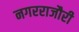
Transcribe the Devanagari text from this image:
नगरराजौरी